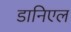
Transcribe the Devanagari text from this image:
डानिएल